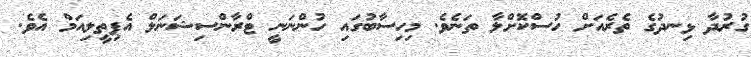
ގުރުދާ ޅިނދުގެ ތެރެއަށް ހުސްކޮށްލާ ތަނެވެ. މިހިސާބުގައި ހުންނަނީ ޓްރާންސިޝަނަލް އެޕިތީލިއަމް އެވެ.